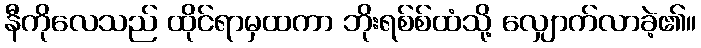
နီကိုလေသည် ထိုင်ရာမှထကာ ဘိုးရစ်စ်ထံသို့ လျှောက်လာခဲ့၏။